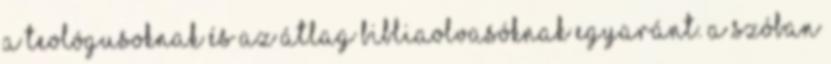
a teológusoknak és az átlag bibliaolvasóknak egyaránt. A szóban